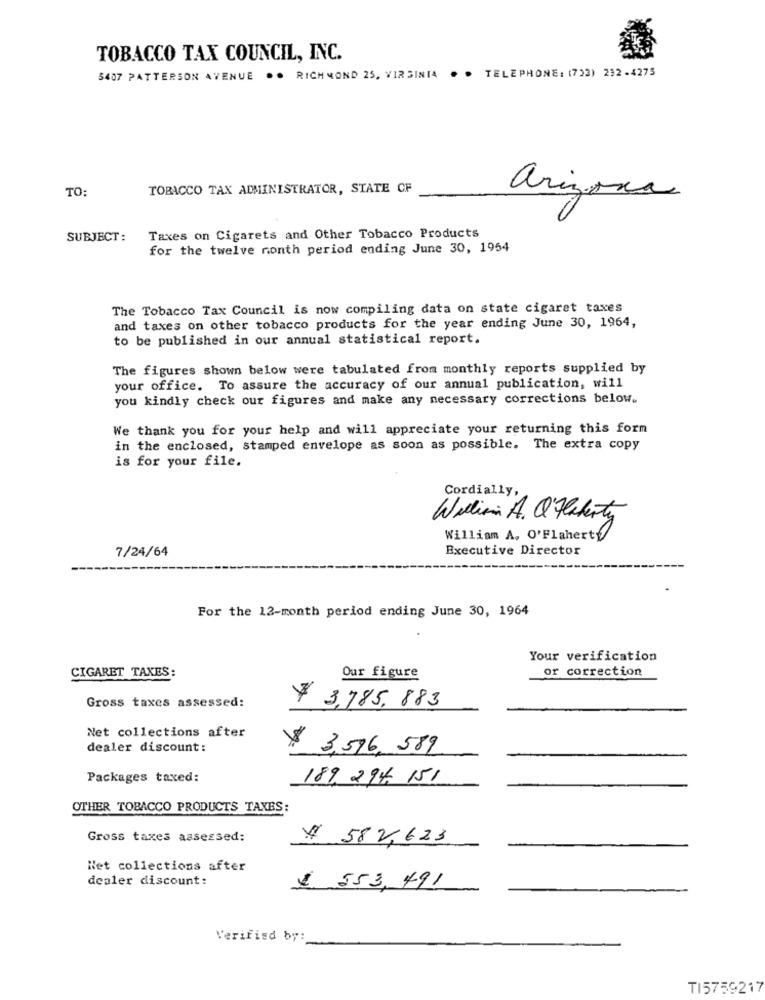
TOBACCO TAX COUNCIL, INC.
5407 PATTERSON AVENUE .. RICHMOND 25, VIRGINIA . . TELEPHONE: (733) 232-4275
TO
TOBACCO TAX ADMINISTRATOR, STATE CF
arizona
SUBJECT:
Taxes on Cigarets and Other Tobacco Products
for the twelve nonth period ending June 30, 1954
The Tobacco Tax Council is now compiling data on state cigaret taxes
and taxes on other tobacco products for the year ending June 30, 1964,
to be published in our annual statistical report.
The figures shown below were tabulated from monthly reports supplied by
your office. To assure the accuracy of our annual publication, will
you kindly check our figures and make any necessary corrections below.
We thank you for your help and will appreciate your returning this form
in the enclosed, stamped envelope as soon as possible. The extra copy
is for your file.
Cordially,
William A. Q Flaherty
William A. O'Flaherty
7/24/64
Executive Director
For the 12-month period ending June 30, 1964
Your verification
CIGARET TAXES:
or correction
Our figure
Gross taxes assessed:
$ 3,785,883
Net collections after
dealer discount:
¥ 3,596, 589
Packages taxed:
189, 294 151
OTHER TOBACCO PRODUCTS TAXES:
Gross taxes assessed:
# 582,623
Net collections after
dealer discount:
$ 553,491
Verified by:
TI5759217